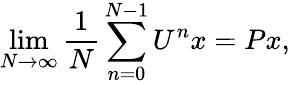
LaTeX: \operatorname*{lim}_{N\to\infty}{\frac{1}{N}}\sum_{n=0}^{N-1}U^{n}x=Px,